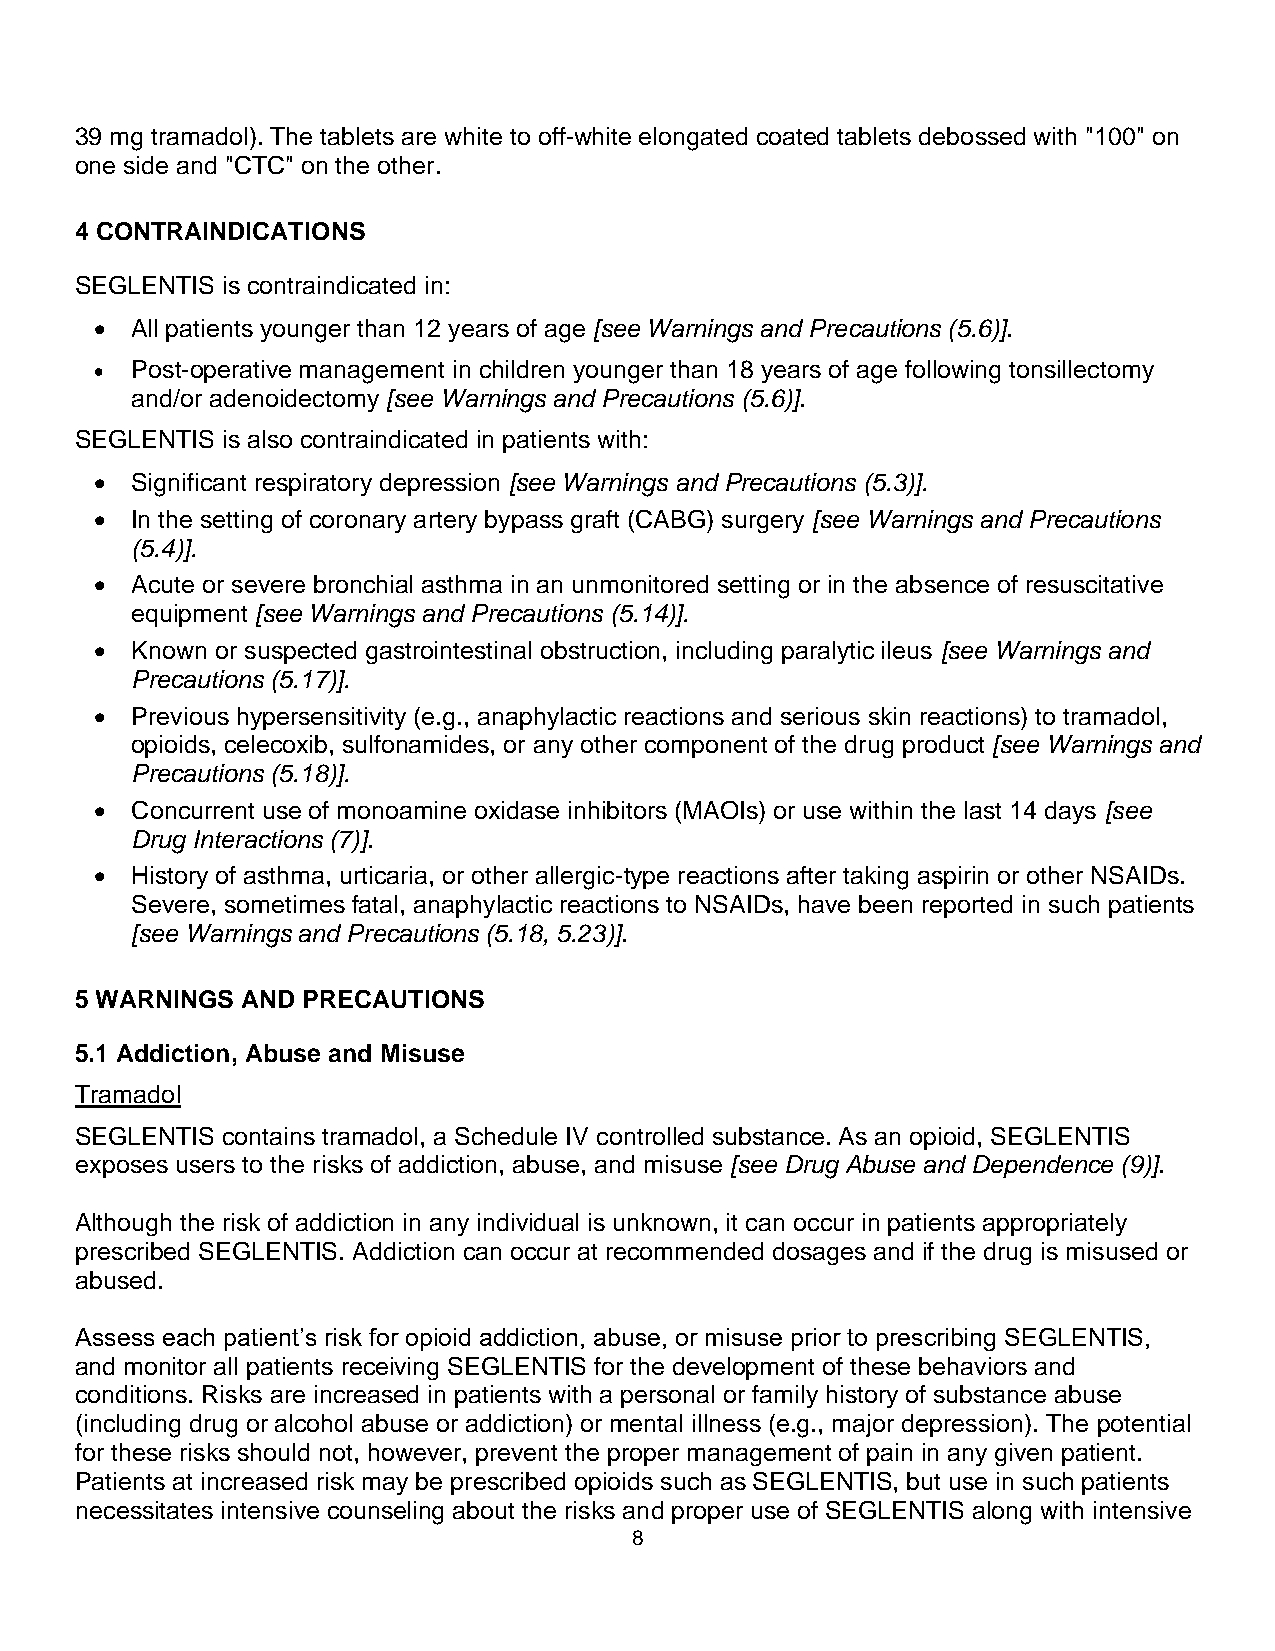
39 mg tramadol). The tablets are white to off-white elongated coated tablets debossed with "100" on
 one side and "CTC" on the other.
 4 CONTRAINDICATIONS
 SEGLENTIS is contraindicated in:
 •  All patients younger than 12 years of age [see Warnings and Precautions (5.6)].
 •  Post-operative management in children younger than 18 years of age following tonsillectomy
 and/or adenoidectomy [see Warnings and Precautions (5.6)].
 SEGLENTIS is also contraindicated in patients with:
 •  Significant respiratory depression [see Warnings and Precautions (5.3)].
 •  In the setting of coronary artery bypass graft (CABG) surgery [see Warnings and Precautions
 (5.4)].
 •  Acute or severe bronchial asthma in an unmonitored setting or in the absence of resuscitative
 equipment [see Warnings and Precautions (5.14)].
 •  Known or suspected gastrointestinal obstruction, including paralytic ileus [see Warnings and
 Precautions (5.17)].
 •  Previous hypersensitivity (e.g., anaphylactic reactions and serious skin reactions) to tramadol,
 opioids, celecoxib, sulfonamides, or any other component of the drug product [see Warnings and
 Precautions (5.18)].
 •  Concurrent use of monoamine oxidase inhibitors (MAOIs) or use within the last 14 days [see
 Drug Interactions (7)].
 •  History of asthma, urticaria, or other allergic-type reactions after taking aspirin or other NSAIDs.
 Severe, sometimes fatal, anaphylactic reactions to NSAIDs, have been reported in such patients
 [see Warnings and Precautions (5.18, 5.23)].
 5 WARNINGS AND PRECAUTIONS
 5.1 Addiction, Abuse and Misuse
 Tramadol
 SEGLENTIS contains tramadol, a Schedule IV controlled substance. As an opioid, SEGLENTIS
 exposes users to the risks of addiction, abuse, and misuse [see Drug Abuse and Dependence (9)].
 Although the risk of addiction in any individual is unknown, it can occur in patients appropriately
 prescribed SEGLENTIS. Addiction can occur at recommended dosages and if the drug is misused or
 abused.
 Assess each patient’s risk for opioid addiction, abuse, or misuse prior to prescribing SEGLENTIS,
 and monitor all patients receiving SEGLENTIS for the development of these behaviors and
 conditions. Risks are increased in patients with a personal or family history of substance abuse
 (including drug or alcohol abuse or addiction) or mental illness (e.g., major depression). The potential
 for these risks should not, however, prevent the proper management of pain in any given patient.
 Patients at increased risk may be prescribed opioids such as SEGLENTIS, but use in such patients
 necessitates intensive counseling about the risks and proper use of SEGLENTIS along with intensive
 8